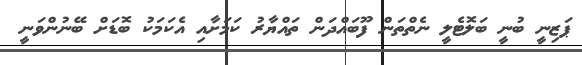
ޕަޒިނީ ބުނީ ބަލޮޓެލީ ނެތްތަން ފޫބައްދަން ތައްޔާރު ކަމަށާއި އެކަމަކު ބޮޑަށް ބޭނުންވަނީ